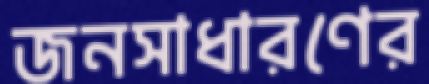
জনসাধারণের